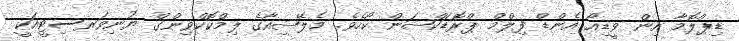
ޑިޕްލޮމާ އިން ވީޑިއޯ އެންޑް ފިލްމް ޕްރޮޑަކްޝަން ކޯހެވެ. މެލޭޝިއާގެ ލިމްކޮކްވިންގް ޔުނިވަރސިޓީއަކީ